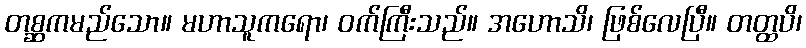
တစ္ဆကမည်သော။ မဟာသူကရော၊ ဝက်ကြီးသည်။ အဟောသိ၊ ဖြစ်လေပြီ။ တတ္ထပိ၊